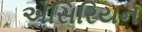
એસિરિયન